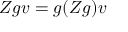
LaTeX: Z g v = g ( Z g ) v